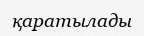
қаратылады